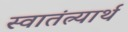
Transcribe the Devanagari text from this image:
स्वातंत्र्यार्थ